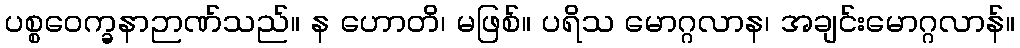
ပစ္စဝေက္ခနာဉာဏ်သည်။ န ဟောတိ၊ မဖြစ်။ ပရိသ မောဂ္ဂလာန၊ အချင်းမောဂ္ဂလာန်။